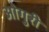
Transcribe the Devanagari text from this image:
ओगुरी